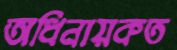
অধিনায়কত